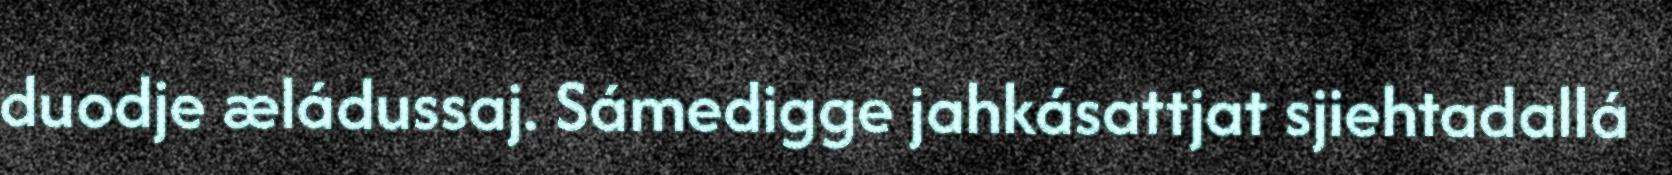
duodje æládussaj. Sámedigge jahkásattjat sjiehtadallá